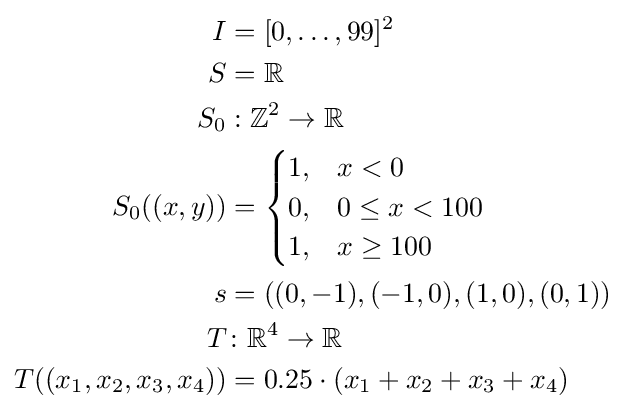
{\begin{aligned}I&=[0,\ldots ,99]^{2}\\S&=\mathbb {R} \\S_{0}&:\mathbb {Z} ^{2}\to \mathbb {R} \\S_{0}((x,y))&={\begin{cases}1,&x<0\\0,&0\leq x<100\\1,&x\geq 100\end{cases}}\\s&=((0,-1),(-1,0),(1,0),(0,1))\\T&\colon \mathbb {R} ^{4}\to \mathbb {R} \\T((x_{1},x_{2},x_{3},x_{4}))&=0.25\cdot (x_{1}+x_{2}+x_{3}+x_{4})\end{aligned}}